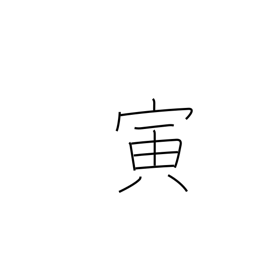
Meaning: sign of the tiger